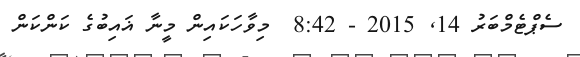
ސެޕްޓެމްބަރު 14